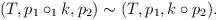
\begin{align*}(T, p_1 \circ_1 k, p_2) \sim (T, p_1, k \circ p_2) .\end{align*}